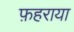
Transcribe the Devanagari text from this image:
फ़हराया